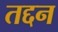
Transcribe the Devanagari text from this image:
तद्दन